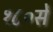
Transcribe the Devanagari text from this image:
१८०सें